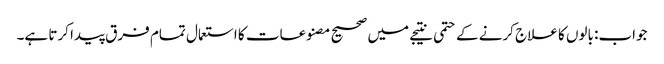
جواب: بالوں کا علاج کرنے کے حتمی نتیجے میں صحیح مصنوعات کا استعمال تمام فرق پیدا کرتا ہے۔